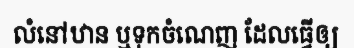
លំនៅឋាន ឬទុកចំណេញ ដែលធ្វើឲ្យ